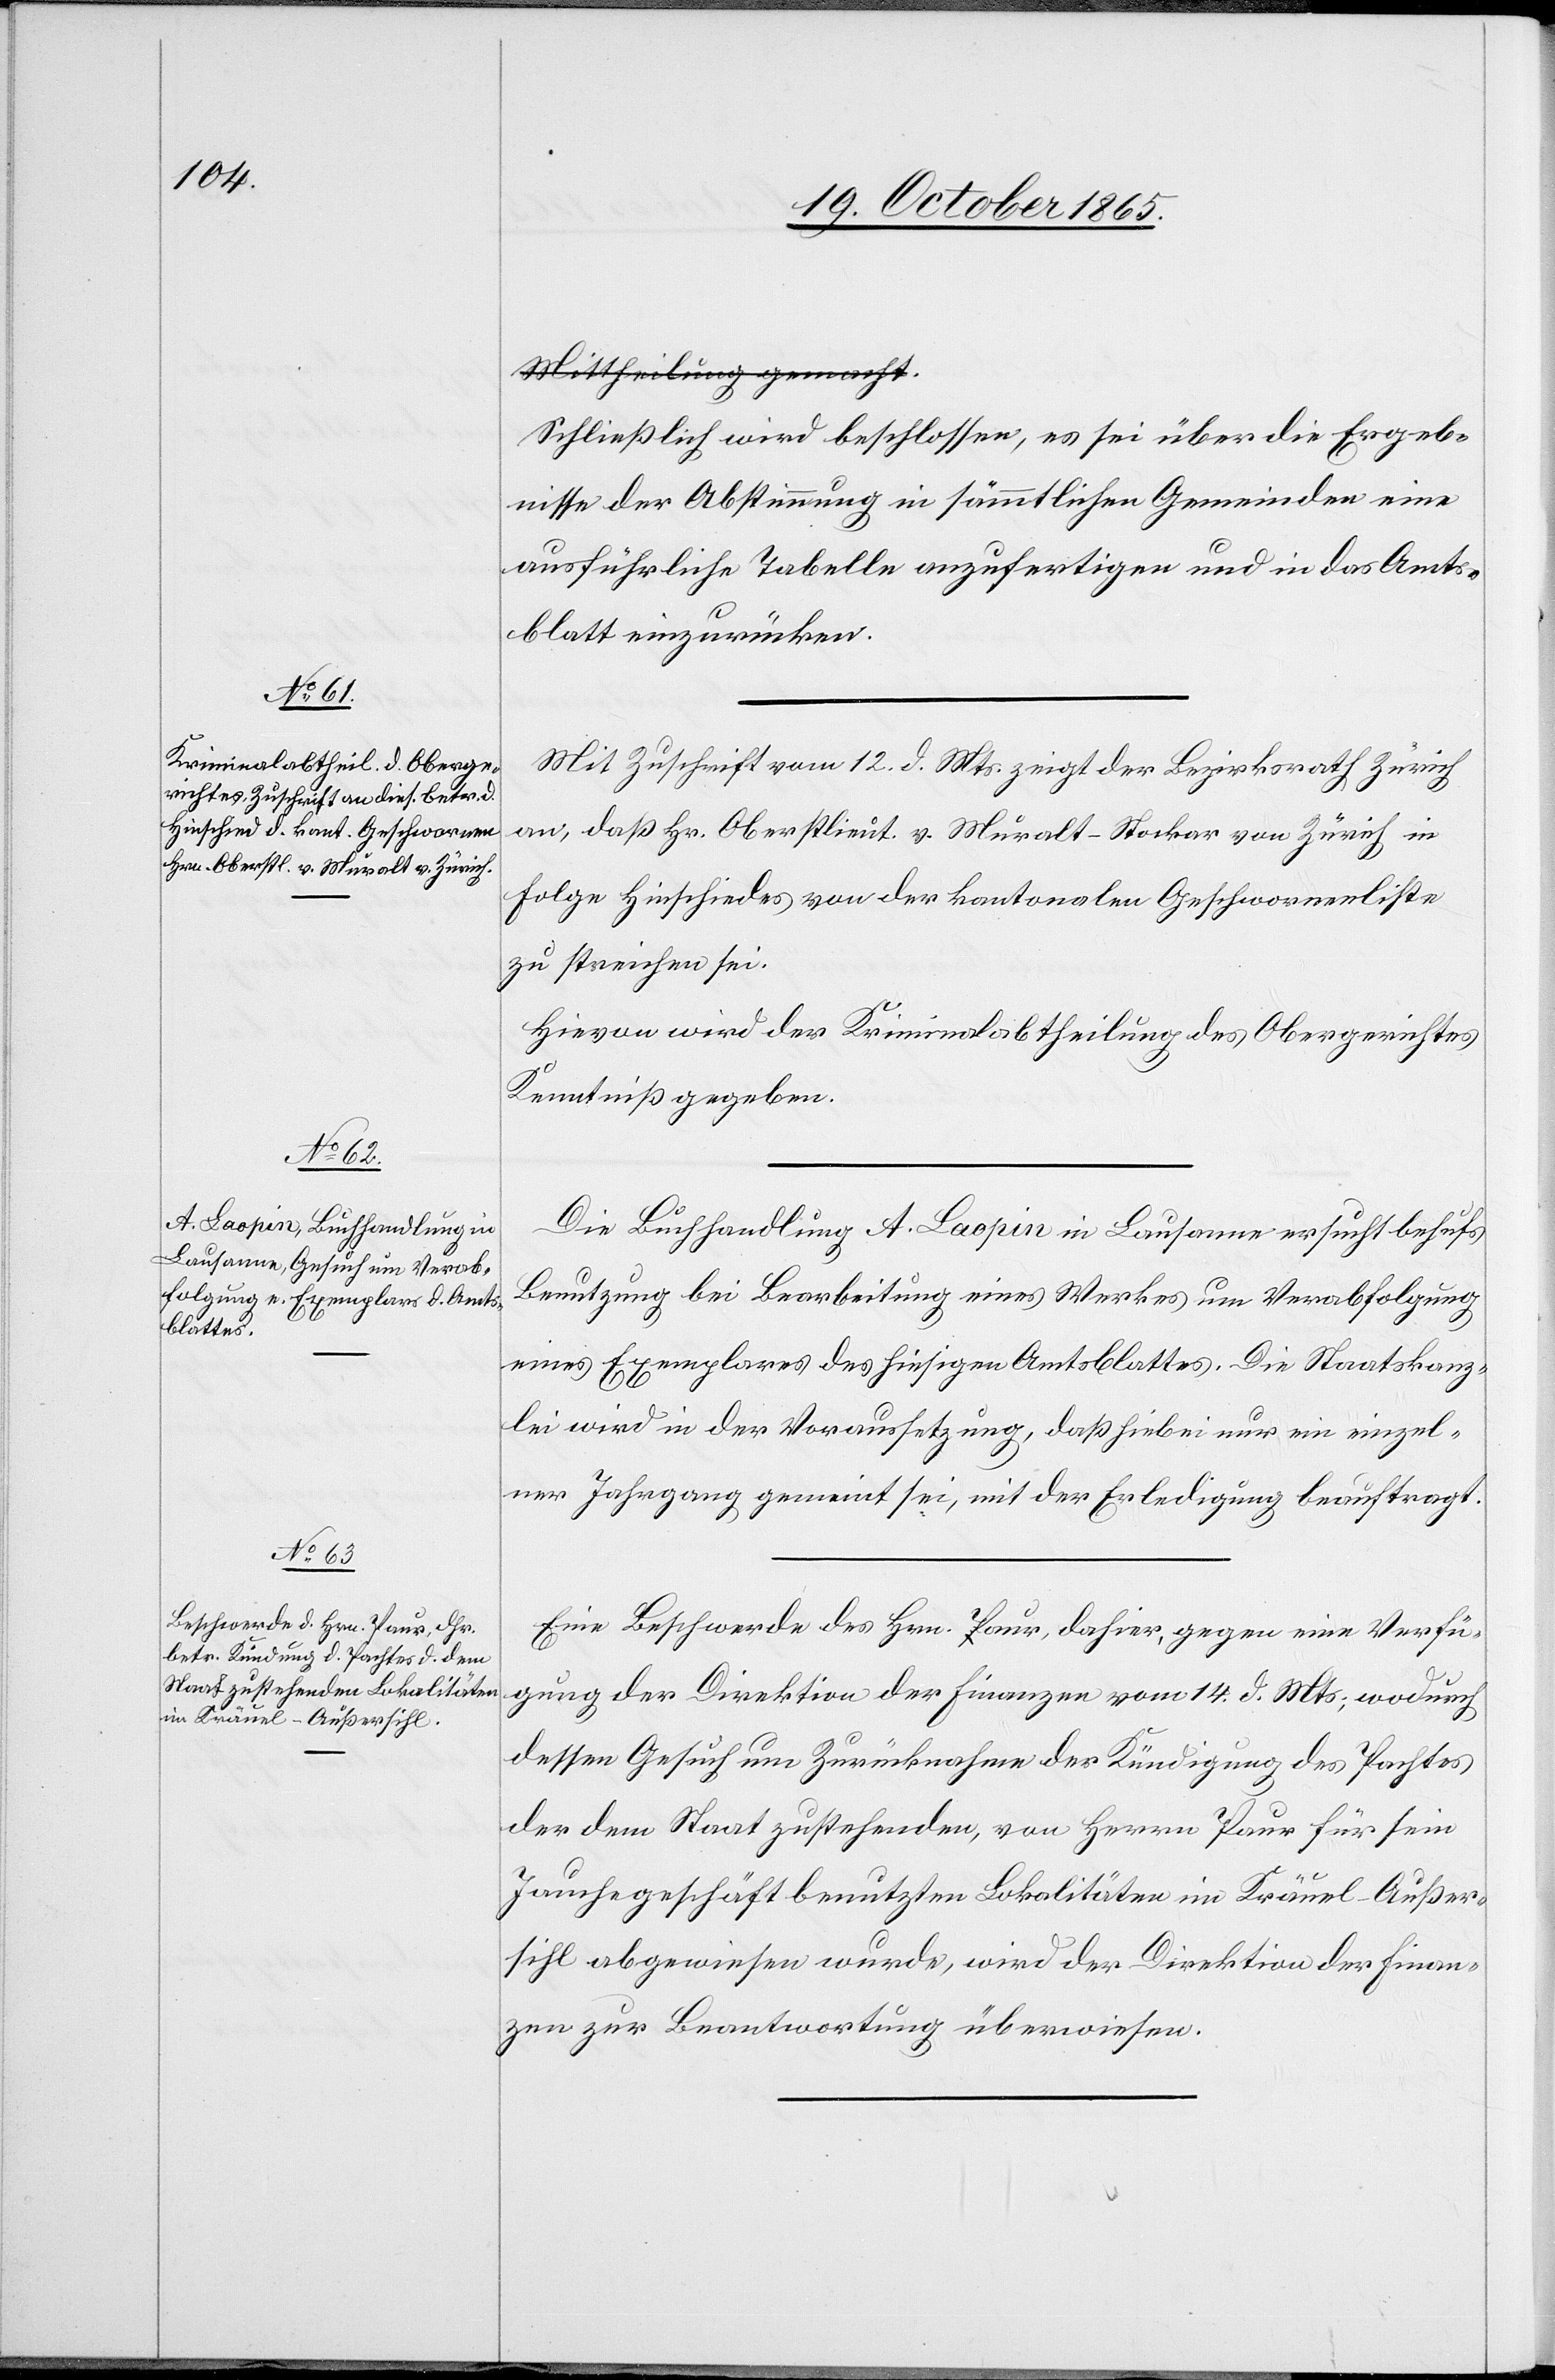
Schließlich wird beschlossen, es sei über die Ergeb¬
nisse der Abstimmung in sämmtlichen Gemeinden eine
ausführliche Tabelle anzufertigen und in das Amts¬
blatt einzurücken.
Mit Zuschrift vom 12. d. Mts. zeigt der Bezirksrath Zürich
an, daß Hr. Oberstlieut. v. Muralt-Stocker von Zürich in
Folge Hinschiedes von der kantonalen Geschwornenliste
zu streichen sei.
Hievon wird der Kriminalabtheilung des Obergerichtes
Kenntniß gegeben.
Die Buchhandlung A. Laopin in Lausanne ersucht behufs
Benutzung bei Bearbeitung eines Werkes um Verabfolgung
eines Exemplares des hiesigen Amtsblattes. Die Staatskanz¬
lei wird in der Voraussetzung, daß hiebei nur ein einzel¬
ner Jahrgang gemeint sei, mit der Erledigung beauftragt.
Eine Beschwerde des Hrn. Paur, dahier, gegen eine Verfü¬
gung der Direktion der Finanzen vom 14. d. Mts., wodurch
dessen Gesuch um Zurücknahme der Kündigung des Pachtes
der dem Staat zustehenden, von Herrn Paur für sein
Jauchegeschäft benutzten Lokalitäten im Kräuel-Außer¬
sihl abgewiesen wurde, wird der Direktion der Finan¬
zen zur Beantwortung überwiesen.